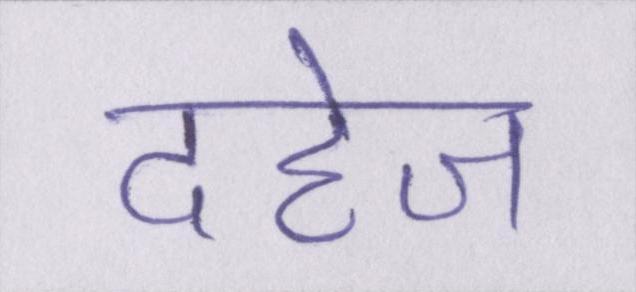
दहेज